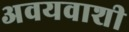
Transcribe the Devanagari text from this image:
अवयवाशी